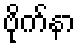
ဗိုက်နာ